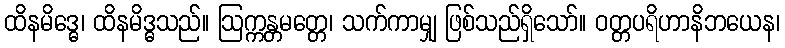
ထိနမိဒ္ဓေ၊ ထိနမိဒ္ဓသည်။ ဩက္ကန္တမတ္တေ၊ သက်ကာမျှ ဖြစ်သည်ရှိသော်။ ဝတ္တပရိဟာနိဘယေန၊